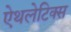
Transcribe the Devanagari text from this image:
ऐथलेटिक्स